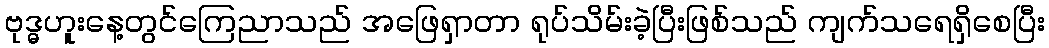
ဗုဒ္ဓဟူးနေ့တွင်ကြေညာသည် အဖြေရှာတာ ရုပ်သိမ်းခဲ့ပြီးဖြစ်သည် ကျက်သရေရှိစေပြီး